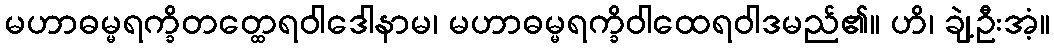
မဟာဓမ္မရက္ခိတတ္ထေရဝါဒေါနာမ၊ မဟာဓမ္မရက္ခိဝါထေရဝါဒမည်၏။ ဟိ၊ ချဲ့ဦးအံ့။